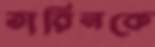
তারিনকে